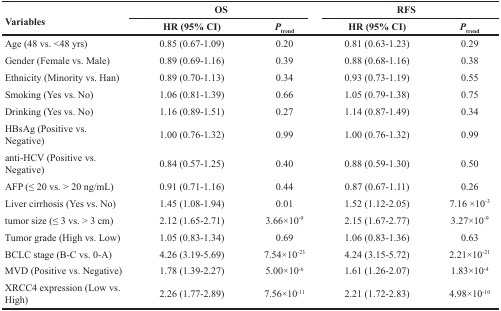
| <ROWSPAN=2> Variables | <COLSPAN=2> OS | <COLSPAN=2> RFS |
 | HR (95% CI) | Ptrend | HR (95% CI) | Ptrend |
 | --- | --- | --- | --- | --- |
 | Age (48 vs. <48 yrs) | 0.85 (0.67-1.09) | 0.20 | 0.81 (0.63-1.23) | 0.29 |
 | Gender (Female vs. Male) | 0.89 (0.69-1.16) | 0.39 | 0.88 (0.68-1.16) | 0.38 |
 | Ethnicity (Minority vs. Han) | 0.89 (0.70-1.13) | 0.34 | 0.93 (0.73-1.19) | 0.55 |
 | Smoking (Yes vs. No) | 1.06 (0.81-1.39) | 0.66 | 1.05 (0.79-1.38) | 0.75 |
 | Drinking (Yes vs. No) | 1.16 (0.89-1.51) | 0.27 | 1.14 (0.87-1.49) | 0.34 |
 | HBsAg (Positive vs. Negative) | 1.00 (0.76-1.32) | 0.99 | 1.00 (0.76-1.32) | 0.99 |
 | anti-HCV (Positive vs. Negative) | 0.84 (0.57-1.25) | 0.40 | 0.88 (0.59-1.30) | 0.50 |
 | AFP (≤ 20 vs. > 20 ng/mL) | 0.91 (0.71-1.16) | 0.44 | 0.87 (0.67-1.11) | 0.26 |
 | Liver cirrhosis (Yes vs. No) | 1.45 (1.08-1.94) | 0.01 | 1.52 (1.12-2.05) | 7.16 ×10−3 |
 | tumor size (≤ 3 vs. > 3 cm) | 2.12 (1.65-2.71) | 3.66×10−9 | 2.15 (1.67-2.77) | 3.27×10−9 |
 | Tumor grade (High vs. Low) | 1.05 (0.83-1.34) | 0.69 | 1.06 (0.83-1.36) | 0.63 |
 | BCLC stage (B-C vs. 0-A) | 4.26 (3.19-5.69) | 7.54×10−23 | 4.24 (3.15-5.72) | 2.21×10−21 |
 | MVD (Positive vs. Negative) | 1.78 (1.39-2.27) | 5.00×10−6 | 1.61 (1.26-2.07) | 1.83×10−4 |
 | XRCC4 expression (Low vs. High) | 2.26 (1.77-2.89) | 7.56×10−11 | 2.21 (1.72-2.83) | 4.98×10−10 |